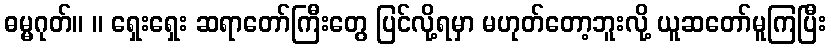
ဓမ္မဂုတ်။ ။ ရှေးရှေး ဆရာတော်ကြီးတွေ ပြင်လို့ရမှာ မဟုတ်တော့ဘူးလို့ ယူဆတော်မူကြပြီး